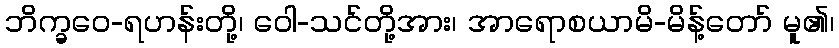
ဘိက္ခဝေ-ရဟန်းတို့၊ ဝေါ-သင်တို့အား၊ အာရောစယာမိ-မိန့်တော် မူ၏၊